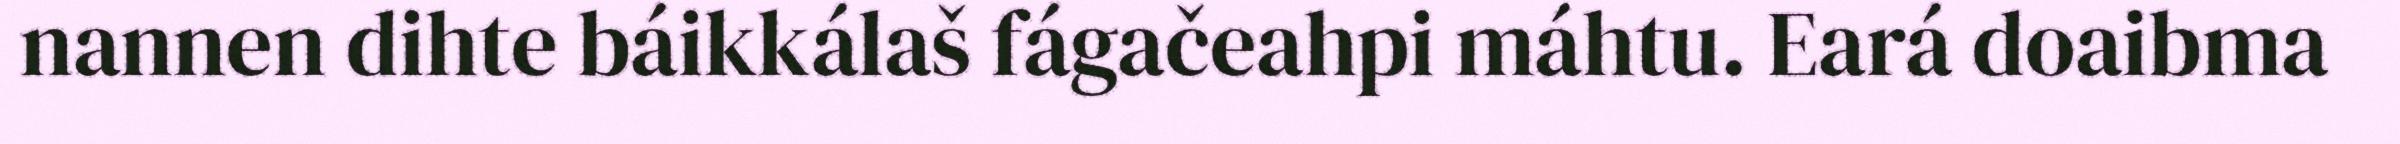
nannen dihte báikkálaš fágačeahpi máhtu. Eará doaibma